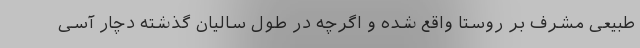
طبیعی مشرف بر روستا واقع شده و اگرچه در طول سالیان گذشته دچار آسی